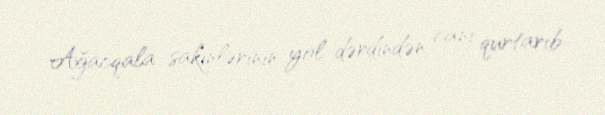
Ağacqala sakinlərinin yol dərdindən canı qurtarıb.